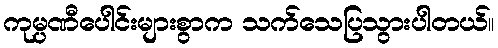
ကုမ္ပဏီပေါင်းများစွာက သက်သေပြသွားပါတယ်။